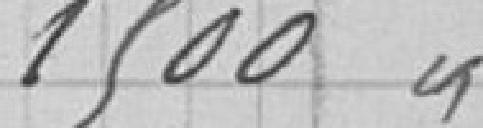
1500